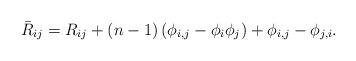
LaTeX: \begin{align*} \bar R_{ij}= R_{ij} + (n-1)\left(\phi_{i,j}- \phi_i \phi_j\right) + { \phi_{i,j} - \phi_{j,i}}.\end{align*}